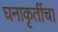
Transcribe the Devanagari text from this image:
घनाकृतींचा